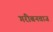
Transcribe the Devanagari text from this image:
गरीबनवाज